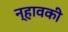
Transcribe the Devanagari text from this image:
न्हावकी